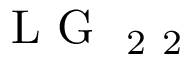
\mathrm { ~ L ~ G ~ } _ { \mathrm { ~ 2 ~ 2 ~ } }